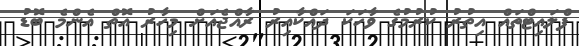
ފްލައިޓްތައް އިތުރު ކުރުމުގެ ވާހަކަ ދައްކާއިރު ރާއްޖެއަށް މިހާރު އޮތް އެންމެ ބޮޑު